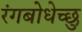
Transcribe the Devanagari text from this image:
रंगबोधेच्छु